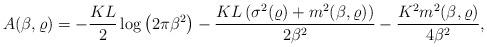
LaTeX: \begin{align*} A(\beta, \varrho) = -\frac{KL}{2} \log \left(2\pi \beta^2\right) - \frac{KL \left( \sigma^2(\varrho)+m^2(\beta , \varrho) \right) }{2\beta^2} - \frac{K^2 m^2(\beta , \varrho) }{4 \beta^2} , \end{align*}